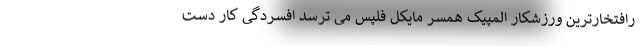
رافتخارترین ورزشکار المپیک همسر مایکل فلپس می ترسد افسردگی کار دست